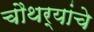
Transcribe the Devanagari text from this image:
चौथर्‍यांचे